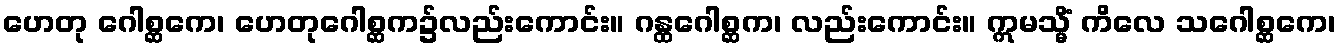
ဟေတု ဂေါစ္ဆကေ၊ ဟေတုဂေါစ္ဆက၌လည်းကောင်း။ ဂန္ထဂေါစ္ဆက၊ လည်းကောင်း။ ဣမသ္မိံ ကိလေ သဂေါစ္ဆကေ၊